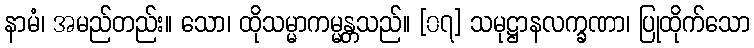
နာမံ၊ အမည်တည်း။ သော၊ ထိုသမ္မာကမ္မန္တသည်။ [၀၇] သမုဋ္ဌာနလက္ခဏာ၊ ပြုထိုက်သော